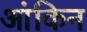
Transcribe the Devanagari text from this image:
आंकिन